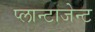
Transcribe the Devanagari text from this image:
प्लान्टाजेन्ट